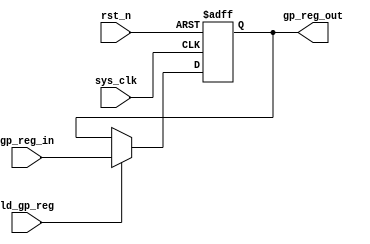
module gp_register(gp_reg_out, gp_reg_in, ld_gp_reg, sys_clk, rst_n);
  input wire [4:0] gp_reg_in;
  input wire sys_clk, rst_n, ld_gp_reg;
  
  output reg [4:0] gp_reg_out;
  
  always @(posedge sys_clk or negedge rst_n)
    begin
      if(!rst_n) gp_reg_out <= 0;
      else if(ld_gp_reg) gp_reg_out <= gp_reg_in;
      else gp_reg_out <= gp_reg_out;
    end
  
endmodule